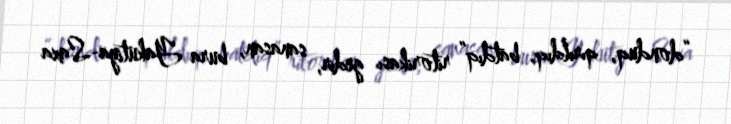
“donduq, qırıldıq, batdıq” ritorikası gedir, sanasan, bura Yakutiya-Saxa